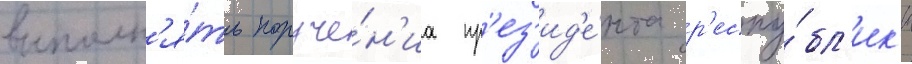
выполн'я́ть поруче́н'иа пр'ез'ид'е́нта р'еспу́бл'ик'и